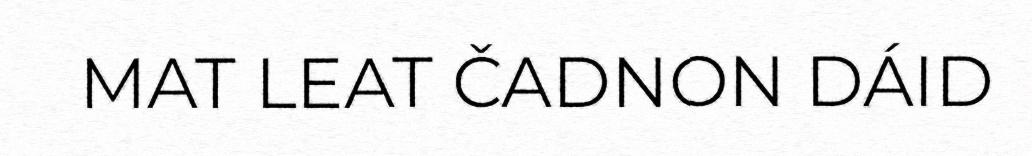
MAT LEAT ČADNON DÁID